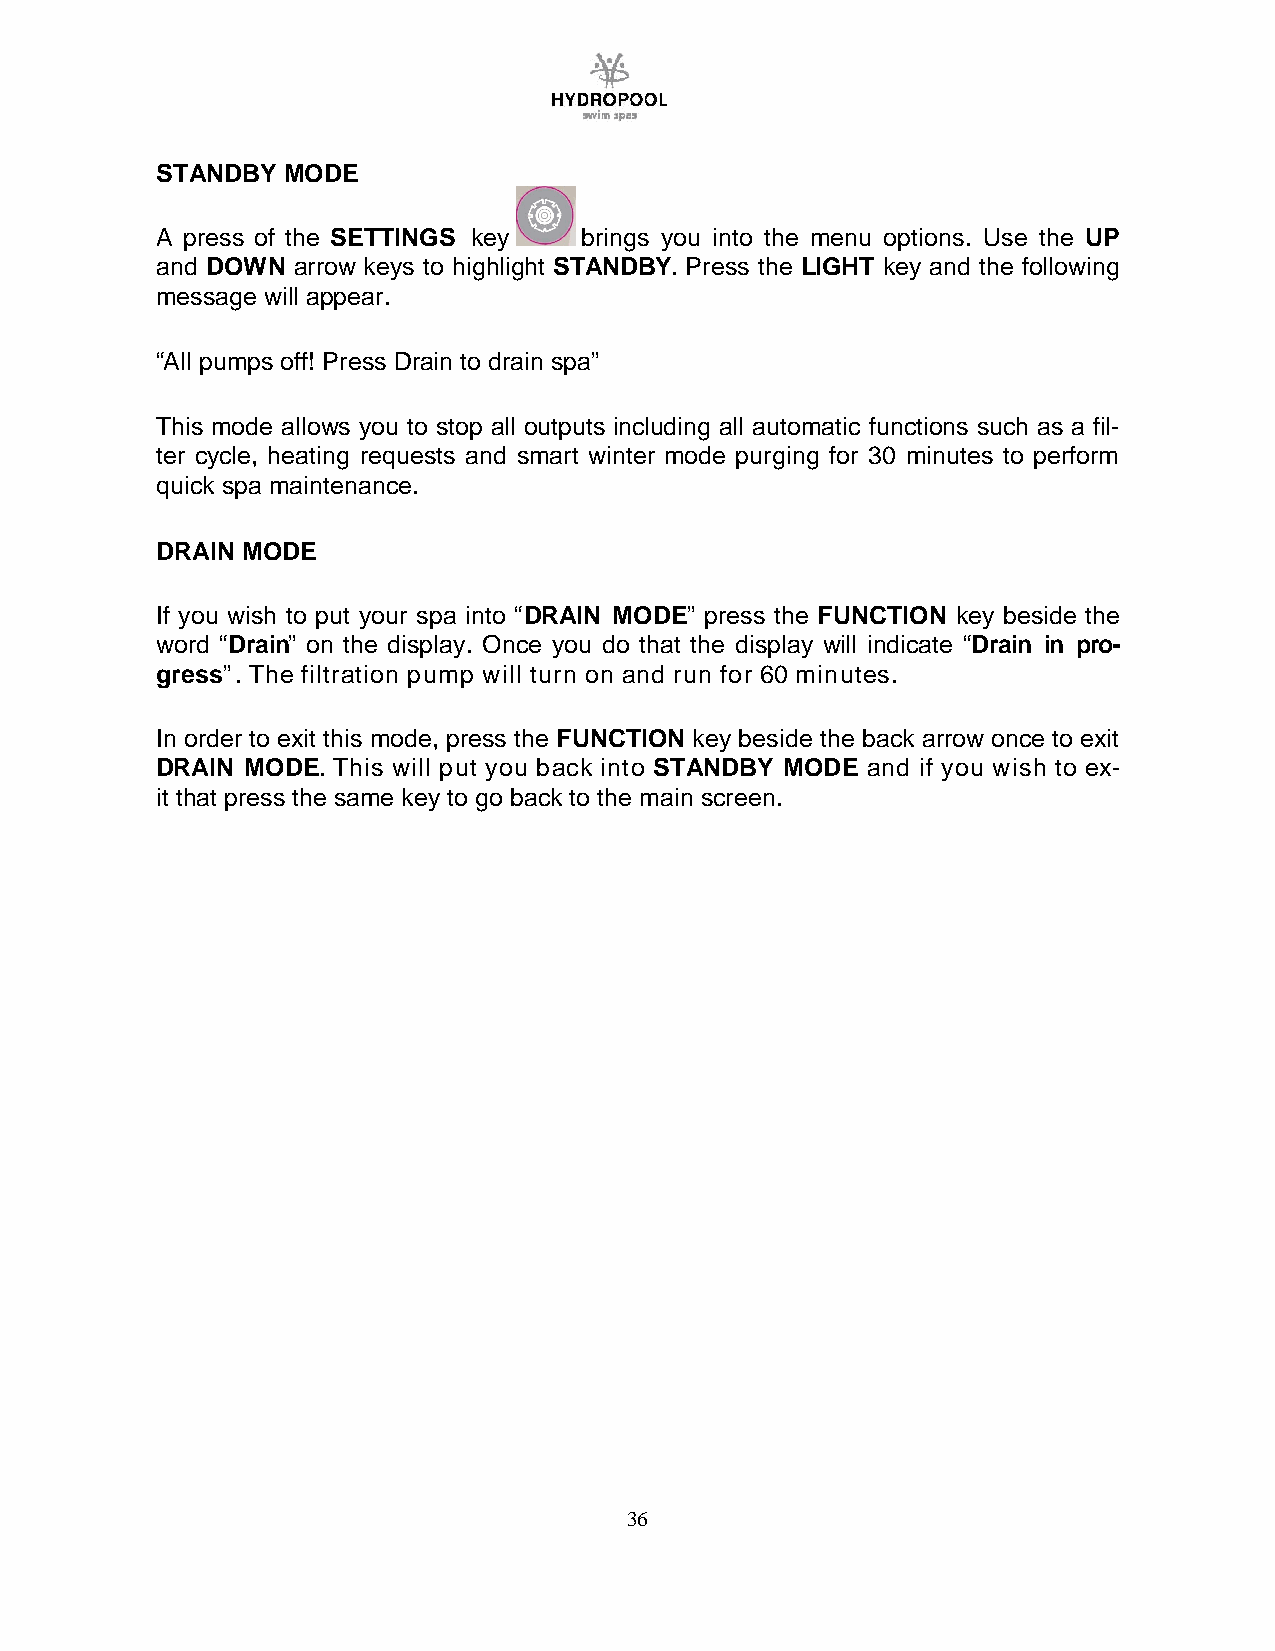
STANDBY  MODE
 A press of the SETTINGS key brings you into the menu options. Use the UP
 and DOWN arrow keys to highlight STANDBY. Press the LIGHT key and the following
 message will appear.
 “All pumps off! Press Drain to drain spa”
 This mode allows you to stop all outputs including all automatic functions such as a fil-
 ter cycle, heating requests and smart winter mode purging for 30 minutes to perform
 quick spa maintenance.
 DRAIN MODE
 If you wish to put your spa into “DRAIN MODE” press the FUNCTION key beside the
 word “Drain” on the display. Once you do that the display will indicate “Drain in pro-
 gress”. The filtration pump will turn on and run for 60 minutes.
 In order to exit this mode, press the FUNCTION key beside the back arrow once to exit
 DRAIN MODE. This will put you back into STANDBY MODE and if you wish to ex-
 it that press the same key to go back to the main screen.
 36